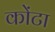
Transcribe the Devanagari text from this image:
कोंटा